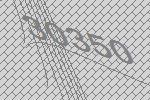
30350